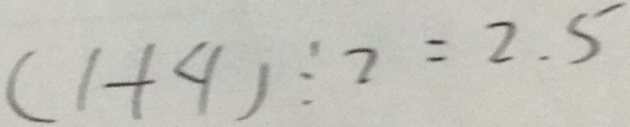
( 1 + 4 ) \div 2 = 2 . 5